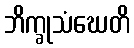
ဘိက္ခုသံဃေတိ